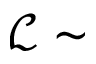
\mathcal { L } \sim